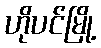
ဟိုပင်မြို့